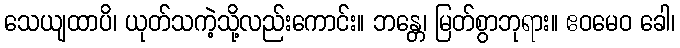
သေယျထာပိ၊ ယုတ်သကဲ့သို့လည်းကောင်း။ ဘန္တေ၊ မြတ်စွာဘုရား။ ဧဝမေဝ ခေါ၊